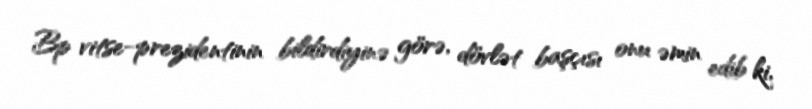
Bp vitse-prezidentinin bildirdiyinə görə, dövlət başçısı onu əmin edib ki,